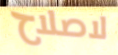
لاصلاح